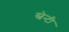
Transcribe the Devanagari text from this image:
स्वेन्‍टी